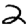
Digit: 2